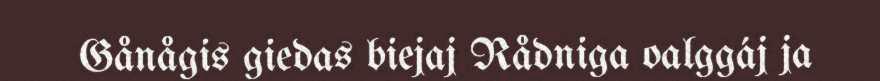
Gånågis giedas biejaj Rådniga oalggáj ja